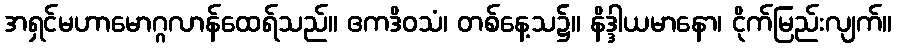
အရှင်မဟာမောဂ္ဂလာန်ထေရ်သည်။ ဧကဒိဝသံ၊ တစ်နေ့သ၌။ နိဒ္ဒါယမာနော၊ ငိုက်မြည်းလျက်။